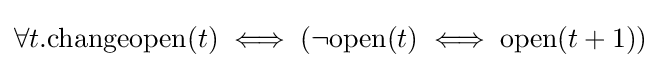
\forall t.\mathrm {changeopen} (t)\iff (\neg \mathrm {open} (t)\iff \mathrm {open} (t+1))